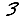
Digit: 3